Annual statistical returns and brief notes on vaccination in Bengal - 1909-1929
Year: 1909
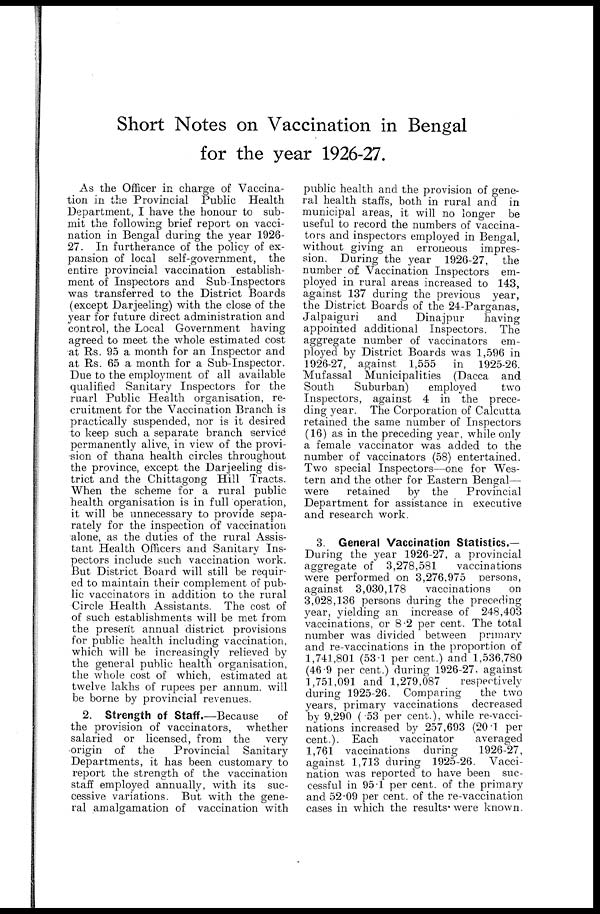
Short Notes on Vaccination in Bengal
for the year 1926-27.
As the Officer in charge of Vaccina-
tion in the Provincial Public Health
Department, I have the honour to sub-
mit the following brief report on vacci-
nation in Bengal during the year 1926-
27. In furtherance of the policy of ex-
pansion of local self-government, the
entire provincial vaccination establish-
ment of Inspectors and Sub-Inspectors
was transferred to the District Boards
(except Darjeeling) with the close of the
year for future direct administration and
control, the Local Government having
agreed to meet the whole estimated cost
at Rs. 95 a month for an Inspector and
at Rs. 65 a month for a Sub-Inspector.
Due to the employment of all available
qualified Sanitary Inspectors for the
ruarl Public Health organisation, re-
cruitment for the Vaccination Branch is
practically suspended, nor is it desired
to keep such a separate branch service
permanently alive, in view of the provi-
sion of thana health circles throughout
the province, except the Darjeeling dis-
trict and the Chittagong Hill Tracts.
When the scheme for a rural public
health organisation is in full operation,
it will be unnecessary to provide sepa-
rately for the inspection of vaccination
alone, as the duties of the rural Assis-
tant Health Officers and Sanitary Ins-
pectors include such vaccination work.
But District Board will still be requir-
ed to maintain their complement of pub-
lic vaccinators in addition to the rural
Circle Health Assistants. The cost of
of such establishments will be met from
the present annual district provisions
for public health including vaccination,
which will be increasingly relieved by
the general public health organisation,
the whole cost of which, estimated at
twelve lakhs of rupees per annum. will
be borne by provincial revenues.
2. Strength of Staff.—Because
of
the provision of vaccinators, whether
salaried or licensed, from the very
origin of the
Provincial Sanitary
Departments, it has been customary to
report the strength of the vaccination
staff employed annually, with its suc-
cessive variations. But with the gene-
ral amalgamation of vaccination with
public health and the provision of gene-
ral health staffs, both in rural and in
municipal areas, it will no longer be
useful to record the numbers of vaccina-
tors and inspectors employed in Bengal,
without giving an erroneous impres-
sion. During the year 1926-27, the
number of Vaccination Inspectors em-
ployed in rural areas increased to 143,
against 137 during the previous year,
the District Boards of the 24-Parganas,
Jalpaiguri
and
Dinajpur
having
appointed additional Inspectors. The
aggregate number of vaccinators em-
ployed by District Boards was 1,596 in
1926-27, against 1,555
in 1925-26.
Mufassal Municipalities (Dacca and
South
Suburban)
employed
two
Inspectors, against 4 in the prece-
ding year. The Corporation of Calcutta
retained the same number of Inspectors
(16) as in the preceding year, while only
a female vaccinator was added to the
number of vaccinators (58) entertained.
Two special Inspectors—one for Wes-
tern and the other for Eastern Bengal—
were
retained
by the
Provincial
Department for assistance in executive
and research work.
3. General Vaccination Statistics.—
During the year 1926-27, a provincial
aggregate of 3,278,581
vaccinations
were performed on 3,276.975 persons,
against 3,030,178
vaccinations
on
3,028,136 persons during the preceding
year, yielding an increase of 248,403
vaccinations, or 8.2 per cent. The total
number was divided between primary
and re-vaccinations in the proportion of
1,741,801 (53.1 per cent.) and 1,536,780
(46.9 per cent.) during 1926-27, against
1,751,091 and 1,279,087
respectively
during 1925-26. Comparing
the two
years, primary vaccinations decreased
by 9,290 (.53 per cent.), while re-vacci-
nations increased by 257,693 (20.1 per
cent.). Each
vaccinator
averaged
1,761 vaccinations during
1926-27,
against 1,713 during 1925-26. Vacci-
nation was reported to have been suc-
cessful in 95.1 per cent. of the primary
and 52.09 per cent. of the re-vaccination
cases in which the results. were known.